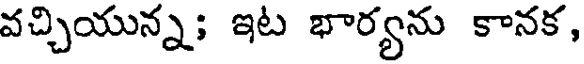
వచ్చియున్న; ఇట భార్యను కానక,